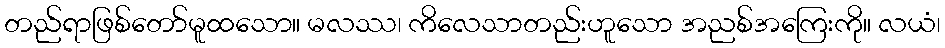
တည်ရာဖြစ်တော်မူထသော။ မလဿ၊ ကိလေသာတည်းဟူသော အညစ်အကြေးကို။ လယံ၊